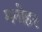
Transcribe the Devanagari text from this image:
मनाेहर